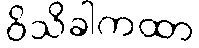
ဝိသိခါကထာ